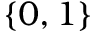
\{ 0 , 1 \}